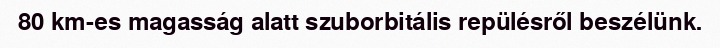
80 km-es magasság alatt szuborbitális repülésről beszélünk.